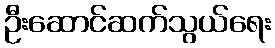
ဦးဆောင်ဆက်သွယ်ရေး